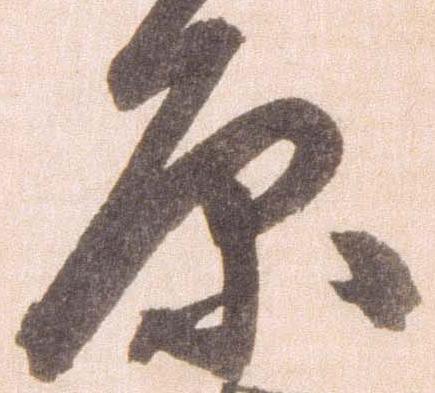
原